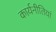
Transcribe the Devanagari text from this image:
कार्यनीतियां